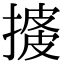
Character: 𢱺